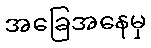
အခြေအနေမှ